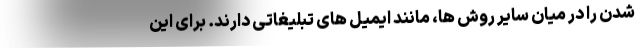
شدن را در میان سایر روش ها، مانند ایمیل های تبلیغاتی دارند. برای این